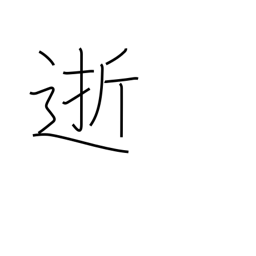
Meaning: departed